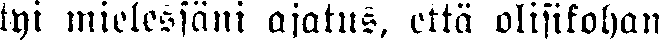
tyi mielessäni ajatus, että olisikohan